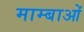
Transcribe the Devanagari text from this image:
माम्बाओं